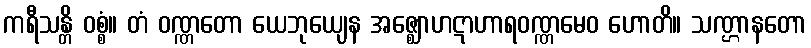
ကရီသန္တိ ဝစ္စံ။ တံ ဝဏ္ဏတော ယေဘုယျေန အဇ္ဈောဟဋာဟာရဝဏ္ဏမေဝ ဟောတိ။ သဏ္ဌာနတော